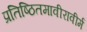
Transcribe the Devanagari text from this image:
प्रतिष्ठितमावीरावीर्म